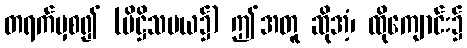
တရက်မှစ၍ (ပိဋ္ဌိသမယ၌) ဤအတူ ဆိုအံ့၊ ထိုကျောင်း၌